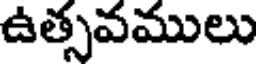
ఉత్సవములు